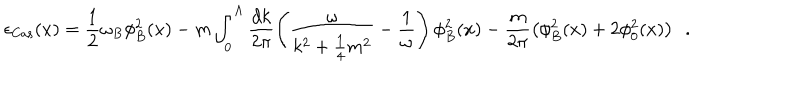
\epsilon _ { \mathrm { C a s } } ( x ) = \frac { 1 } { 2 } \omega _ { B } \phi _ { B } ^ { 2 } ( x ) - m \int _ { 0 } ^ { \Lambda } \frac { d k } { 2 \pi } \left( \frac { \omega } { k ^ { 2 } + \frac { 1 } { 4 } m ^ { 2 } } - \frac { 1 } { \omega } \right) \phi _ { B } ^ { 2 } ( x ) - \frac { m } { 2 \pi } \left( \phi _ { B } ^ { 2 } ( x ) + 2 \phi _ { 0 } ^ { 2 } ( x ) \right) \ \ .